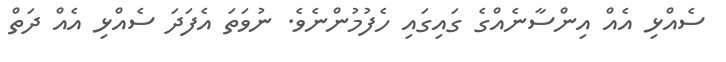
ސެއްޅި އެއް އިންސާނެއްގެ ގައިގައި ހެފުމުންނެވެ. ނުވަތަ އެފަދަ ސެއްޅި އެއް ދަތް